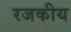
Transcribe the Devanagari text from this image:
रजकीय